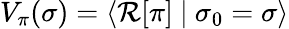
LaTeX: V_{\pi}(\sigma)=\left\langle\mathcal{R}[\pi]\ \vert\ \sigma_{0}=\sigma\right\rangle